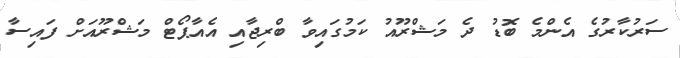
ސަރުކާރުގެ އެންމެ ބޮޑު ދެ މަޝްރޫއު ކަމުގައިވާ ބްރިޖާއި އެއާޕޯޓް މަޝްރޫއަށް ފައިސާ